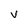
Character: V